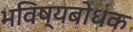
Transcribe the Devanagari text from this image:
भविष्यबोधक